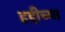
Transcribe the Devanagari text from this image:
हद्दीच्या